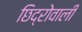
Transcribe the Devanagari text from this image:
छिद्रोवाली